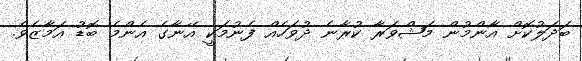
ބަދަލުކޮށް އާންމުން މަޝްވަރާ ކުރާނެ ދުވަހެއް ފެނުމަކީ އޭނާގެ އެންމެ ބޮޑު އަމާޒެވެ.